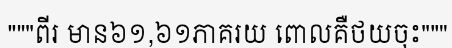
"""ពីរ មាន៦១,៦១ភាគរយ ពោលគឺថយចុះ"""